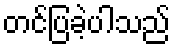
တင်ပြခဲ့ပါသည်